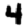
Digit: 4